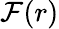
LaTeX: \mathcal{F}(r)